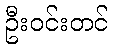
ဦးဝင်းတင်